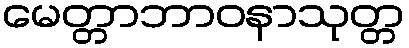
မေတ္တာဘာဝနာသုတ္တ